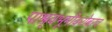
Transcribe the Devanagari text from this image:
पाश्र्वभूमीबरोबरच